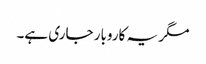
مگر یہ کاروبار جاری ہے۔